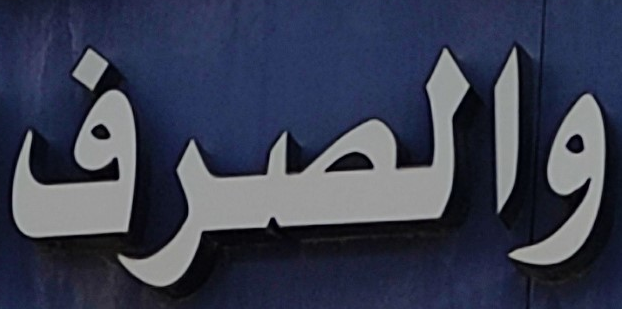
والصرف